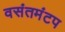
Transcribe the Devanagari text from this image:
वसंतमंटप